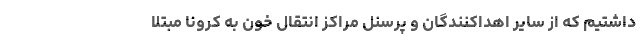
داشتیم که از سایر اهداکنندگان و پرسنل مراکز انتقال خون به کرونا مبتلا